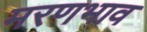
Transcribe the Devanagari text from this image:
मरणभाव